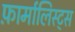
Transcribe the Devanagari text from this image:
फ़ार्मालिस्ट्स